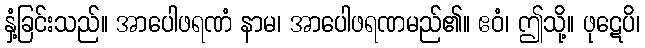
နှံ့ခြင်းသည်။ အာပေါဖရဏံ နာမ၊ အာပေါဖရဏမည်၏။ ဧဝံ၊ ဤသို့။ ဖုဋေပိ၊